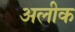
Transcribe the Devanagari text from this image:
अलीक